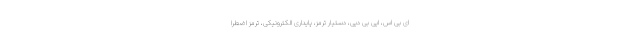
ای بی اس، ایی بی دیی، دستیار ترمز، پایداری الکترونیکی، ترمز اضطرا